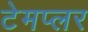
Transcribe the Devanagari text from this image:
टेमप्लर